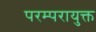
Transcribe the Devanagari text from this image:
परम्परायुक्त